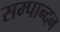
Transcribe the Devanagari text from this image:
सम्पान्दन